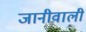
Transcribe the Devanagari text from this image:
जानीवाली